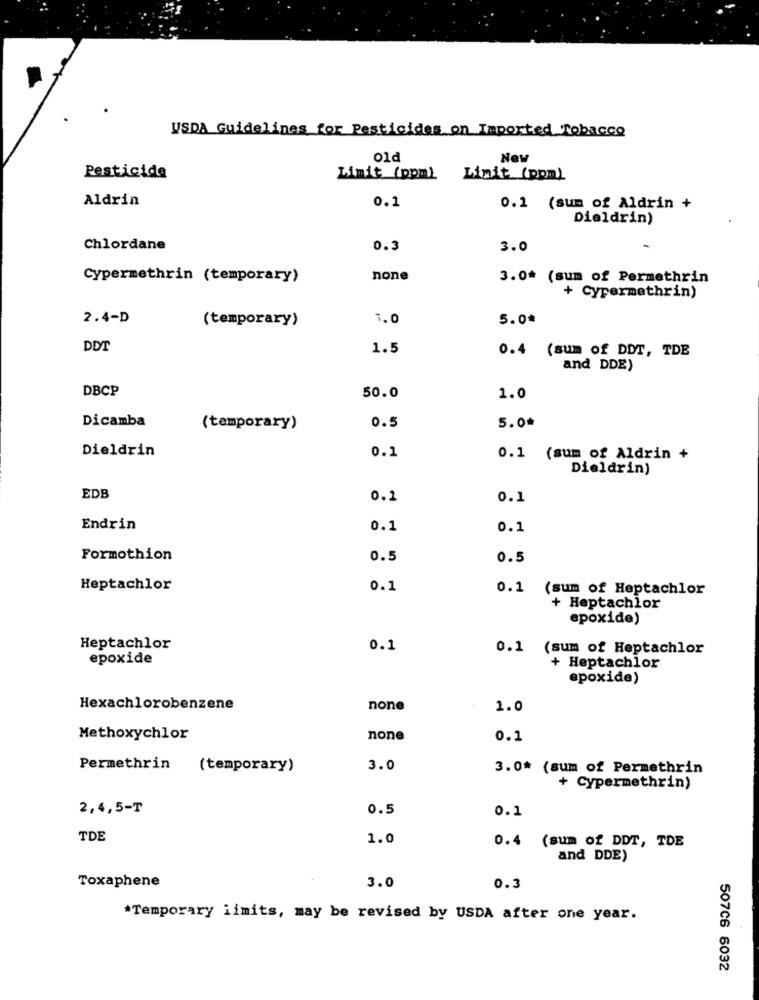
USDA Guidelines for Pesticides on Imported Tobacco
old
New
Pesticide
Limit (ppm) Linit (ppm)
Aldrin
0.1
0.1 (sum of Aldrin +
Dieldrin)
Chlordane
0.3
3.0
Cypermethrin (temporary)
none
3.0* (sum of Permethrin
+ Cypermethrin)
2.4-D
(temporary)
1.0
5.0*
DDT
1.5
0.4 (sum of DDT, TDB
and DDE)
DBCP
50.0
1.0
Dicamba
(temporary)
0.5
5.0
Dieldrin
0.1
0.1 (sum of Aldrin +
Dieldrin)
EDB
0.1
0.1
Endrin
0.1
0.1
Formothion
0.5
0.5
Heptachlor
0.1
0.1 (sum of Heptachlor
+ Heptachlor
epoxide)
Heptachlor
0.1
0.1 (sum of Heptachlor
epoxide
+ Heptachlor
epoxide)
Hexachlorobenzene
none
1.0
Methoxychlor
none
0.1
Permethrin
(temporary)
3.0
3.0* (sum of Permethrin
+ Cypermethrin)
2,4,5-T
0.5
0.1
TDE
1.0
0.4 (sum of DDT, TDE
and DDE)
Toxaphene
3.0
0.3
*Temporary iimits, may be revised by USDA after one year.
507C6 6032